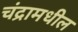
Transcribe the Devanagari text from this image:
चंद्रामधील